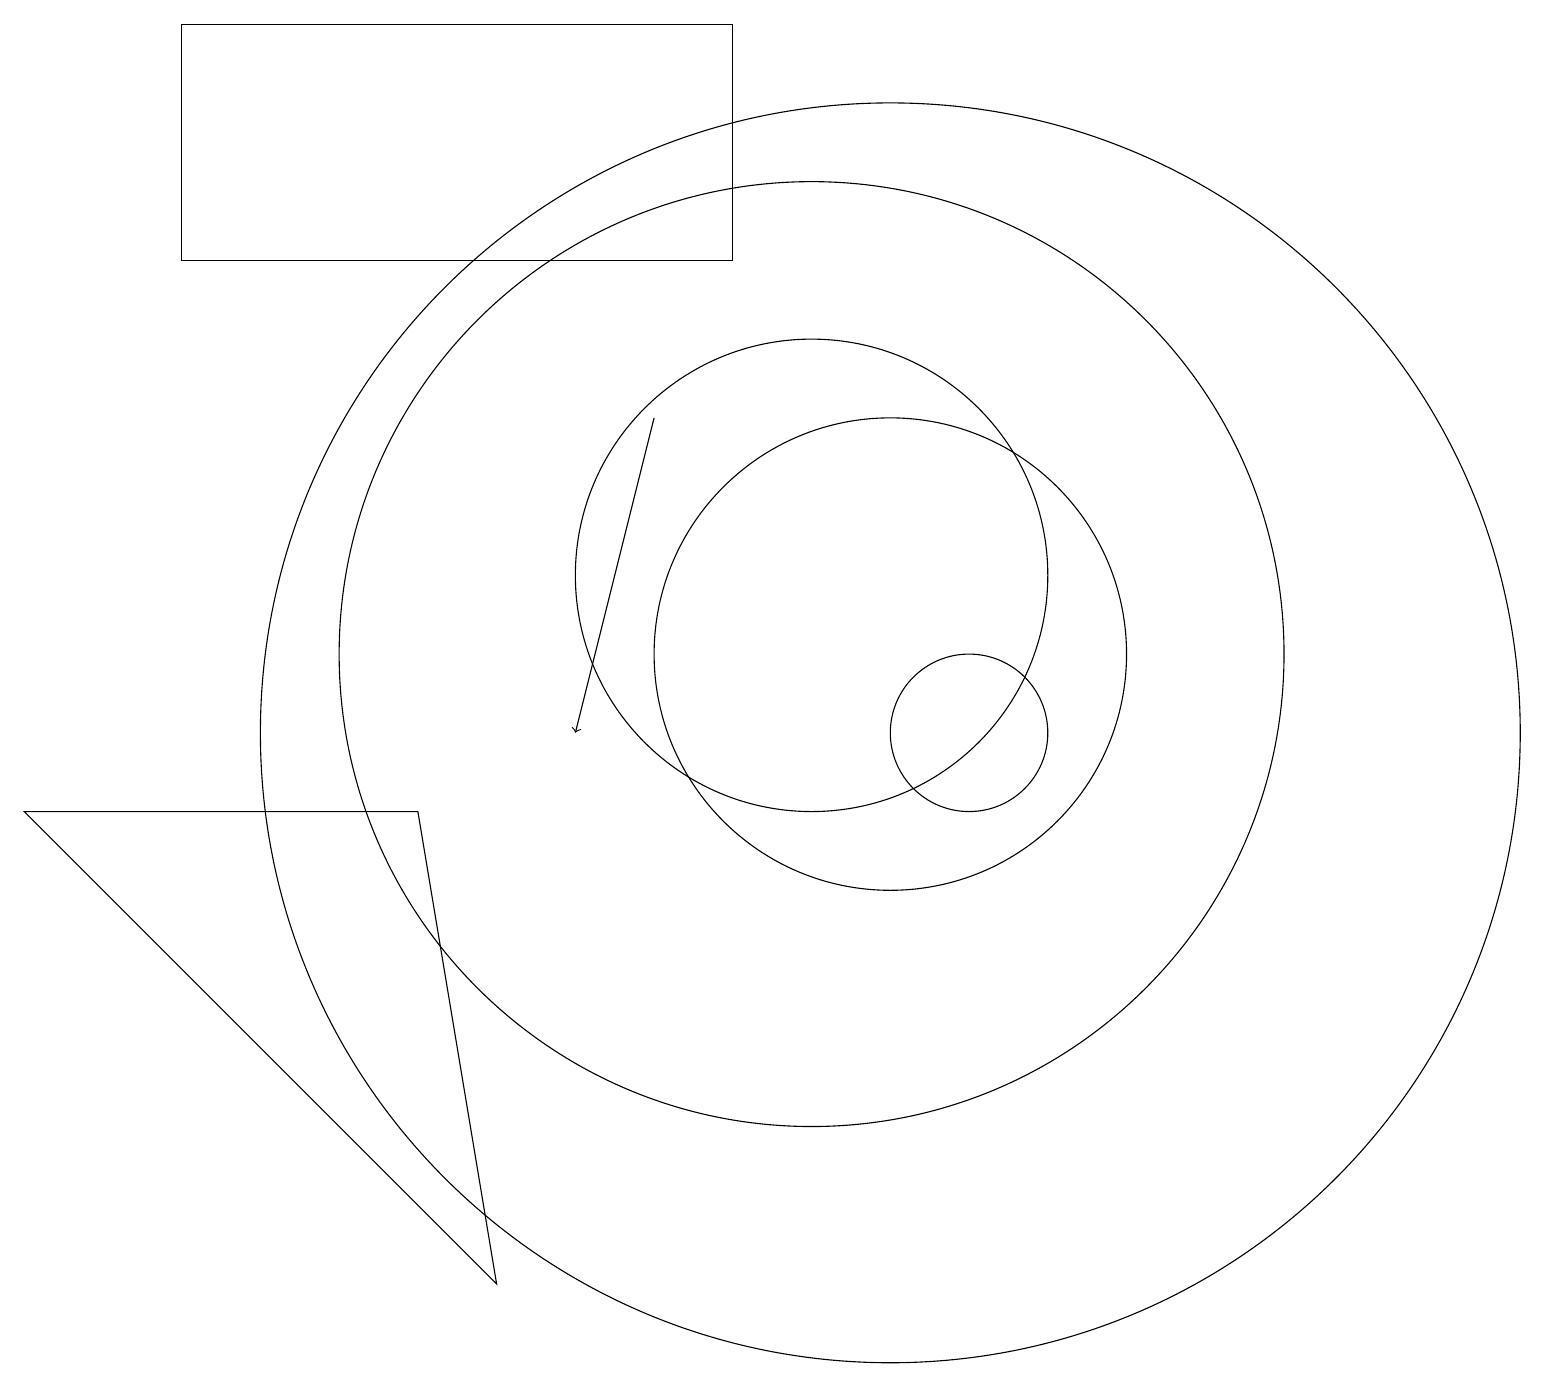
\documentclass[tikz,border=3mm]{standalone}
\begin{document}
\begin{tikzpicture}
\draw (12,10) circle (1);
\draw[->] (8,14) -- (7,10);
\draw (2,16) rectangle (9,19);
\draw (11,11) circle (3);
\draw (10,11) circle (6);
\draw (0,9) -- (5,9) -- (6,3) -- cycle;
\draw (11,10) circle (8);
\draw (10,12) circle (3);
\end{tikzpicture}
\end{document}